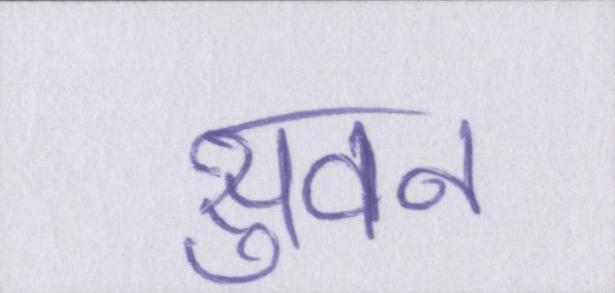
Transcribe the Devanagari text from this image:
सुवन